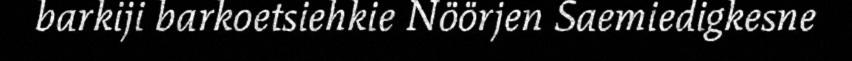
barkiji barkoetsiehkie Nöörjen Saemiedigkesne